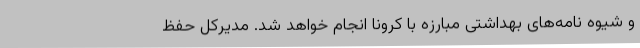
و شیوه نامه‌های بهداشتی مبارزه با کرونا انجام خواهد شد. مدیرکل حفظ